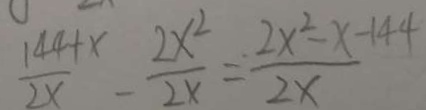
\frac { 1 4 4 + x } { 2 x } - \frac { 2 x ^ { 2 } } { 2 x } = \frac { 2 x ^ { 2 } - x - 1 4 4 } { 2 x }